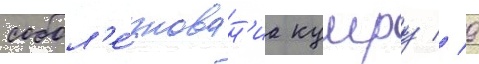
собол'е́знован'иа кумру // 9